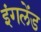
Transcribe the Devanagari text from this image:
इंगलेंड